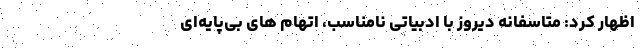
اظهار کرد: متاسفانه دیروز با ادبیاتی نامناسب، اتهام های بی‌پایه‌ای